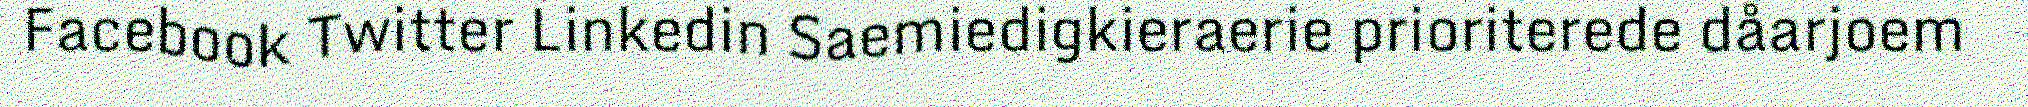
Facebook Twitter Linkedin Saemiedigkieraerie prioriterede dåarjoem